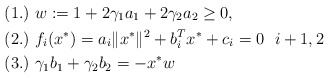
\begin{align*} &(1.)\ w:=1+2\gamma_1 a_1+2\gamma_2 a_2\ge0,\ \ \\ &(2.)\ f_{i}(x^{*})=a_{i}\|x^{*}\|^{2}+b_{i}^{T} x^{*}+c_{i}=0 \ \ i+1,2\ \\ &(3.)\ \gamma_1 b_{1}+\gamma_2b_2=-x^{*}w\ \end{align*}